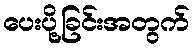
ပေးပို့ခြင်းအတွက်